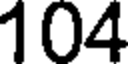
104